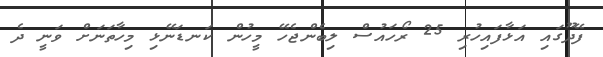
ފޭދޫގައި އަޅާފައިހުރި 25 ރޯހައުސް ލިބެންޖެހޭ މީހުން ކަނޑަނޭޅި މިހާތަނަށް ވަނީ ދެ